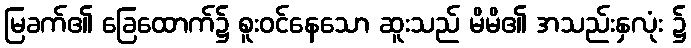
မြခက်၏ ခြေထောက်၌ စူးဝင်နေသော ဆူးသည် မိမိ၏ အသည်းနှလုံး ၌